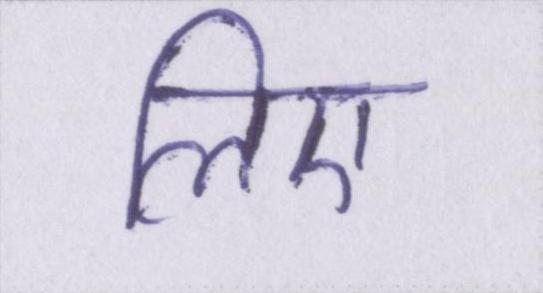
लिए